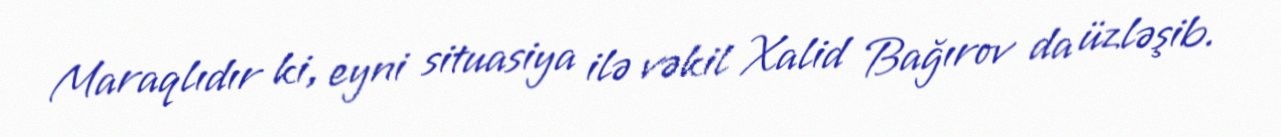
Maraqlıdır ki, eyni situasiya ilə vəkil Xalid Bağırov da üzləşib.